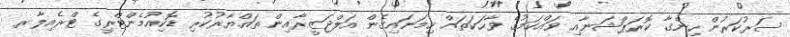
ސަރުކަރުން ހިންގާ ކޮރަޕްޝަނާއި ވައްކަމުގެ ވާހަކަތައް ހިމަނައިގެން އަލްޖަޒީރާއިން ތައްޔާރުކުރި ޑޮކިއުމެންޓްރީގެ ޓްރެއިލާރ